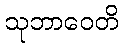
သုဘာဝေတိ